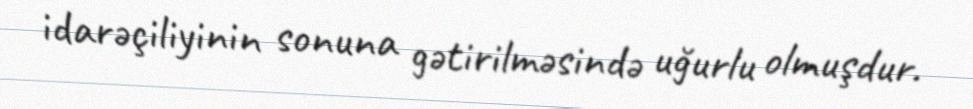
idarəçiliyinin sonuna gətirilməsində uğurlu olmuşdur.